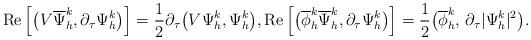
LaTeX: \begin{align*}\mathrm{Re}\left[\big(V\overline{\Psi}_{h}^{k},\partial_{\tau} \Psi_{h}^{k}\big)\right]=\frac{1}{2}\partial_{\tau}\big(V\Psi_{h}^{k},\Psi_{h}^{k}\big),\mathrm{Re}\left[\big(\overline{\phi}_{h}^{k}\overline{\Psi}_{h}^{k},\partial_{\tau} \Psi_{h}^{k}\big)\right]=\frac{1}{2}\big(\overline{\phi}_{h}^{k}, \,\partial_{\tau} |\Psi_{h}^{k}|^{2}\big).\end{align*}